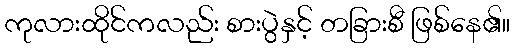
ကုလားထိုင်ကလည်း စားပွဲနှင့် တခြားစီ ဖြစ်နေ၏။